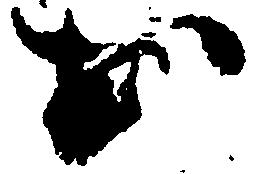
お